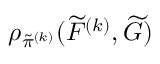
\rho _ { \tilde { \pi } ^ { ( k ) } } ( \widetilde { F } ^ { ( k ) } , \widetilde { G } )